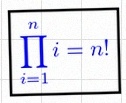
\prod_{i=1}^{n}i=n!